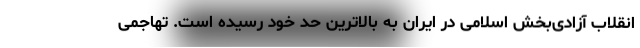
انقلاب آزادی‌بخش اسلامی در ایران به بالاترین حد خود رسیده است. تهاجمی